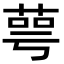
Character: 萼